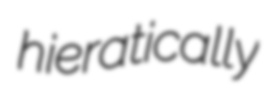
hieratically